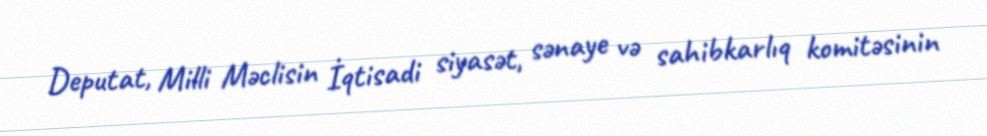
Deputat, Milli Məclisin İqtisadi siyasət, sənaye və sahibkarlıq komitəsinin